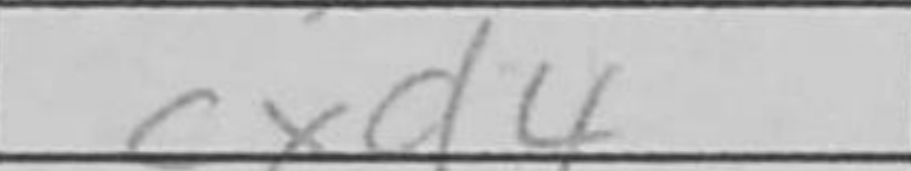
Transcription: cxd4